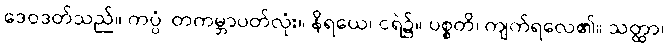
ဒေဝဒတ်သည်။ ကပ္ပံ၊ တကမ္ဘာပတ်လုံး။ နိရယေ၊ ငရဲ၌။ ပစ္စတိ၊ ကျက်ရလေ၏။ သတ္ထာ၊